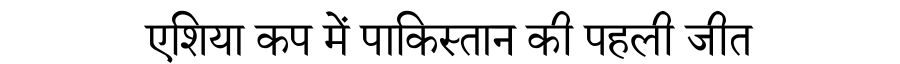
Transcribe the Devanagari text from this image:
एशिया कप में पाकिस्तान की पहली जीत